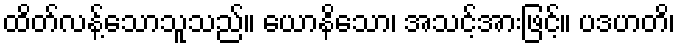
ထိတ်လန့်သောသူသည်။ ယောနိသော၊ အသင့်အားဖြင့်။ ပဒဟတိ၊